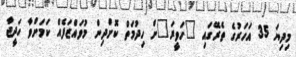
މިދިޔަ 35 އަހަރުގެ ތެރޭގައި "ހަވީރަ"ށް ހިދުމަތް ކޮށްދިން މުވައްޒަފެއް ކަމަށްވާ ހަދީޖާ